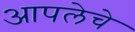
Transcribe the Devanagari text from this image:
आपलेचे